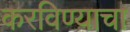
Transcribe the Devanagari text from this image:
करविण्याचा